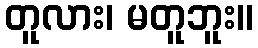
တူလား၊ မတူဘူး။